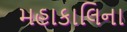
મહાકાલિના